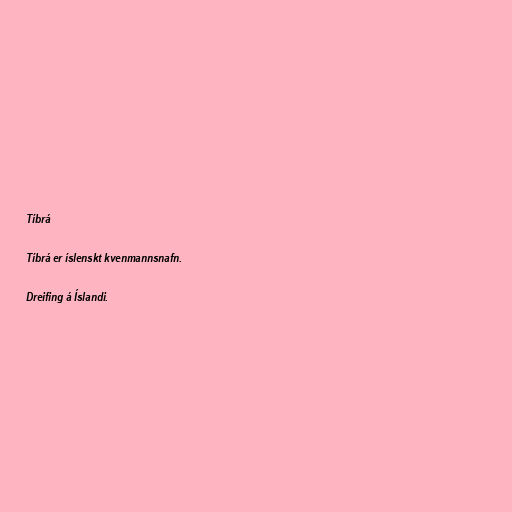
Tíbrá

Tíbrá er íslenskt kvenmannsnafn.

Dreifing á Íslandi.